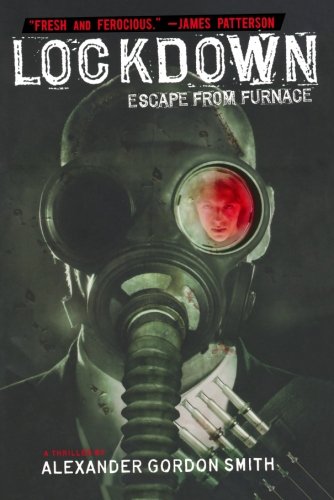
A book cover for Lockdown: Escape from Furnace 1; Alexander Gordon Smith; Teen & Young Adult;